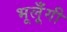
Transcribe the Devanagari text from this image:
भूलूँगी